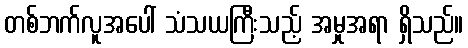
တစ်ဘက်လူအပေါ် သံသယကြီးသည့် အမှုအရာ ရှိသည်။